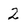
Character: 2